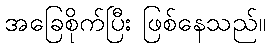
အခြေစိုက်ပြီး ဖြစ်နေသည်။